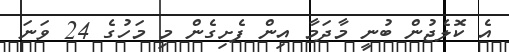
އެ ކޮލެޖުން ބުނީ މާދަމާ އިން ފެށިގެން މި މަހުގެ 24 ވަނަ